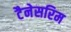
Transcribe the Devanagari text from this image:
टैनेसरिम